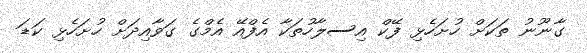
ގާނޫނު ތަކަށް ހުށަހެޅި ފޭކް އިސލާހުތަކާ އެފްއޭ އެމްގެ ގަވާއިދަށް ހުށަހެޅި ކަޑަ